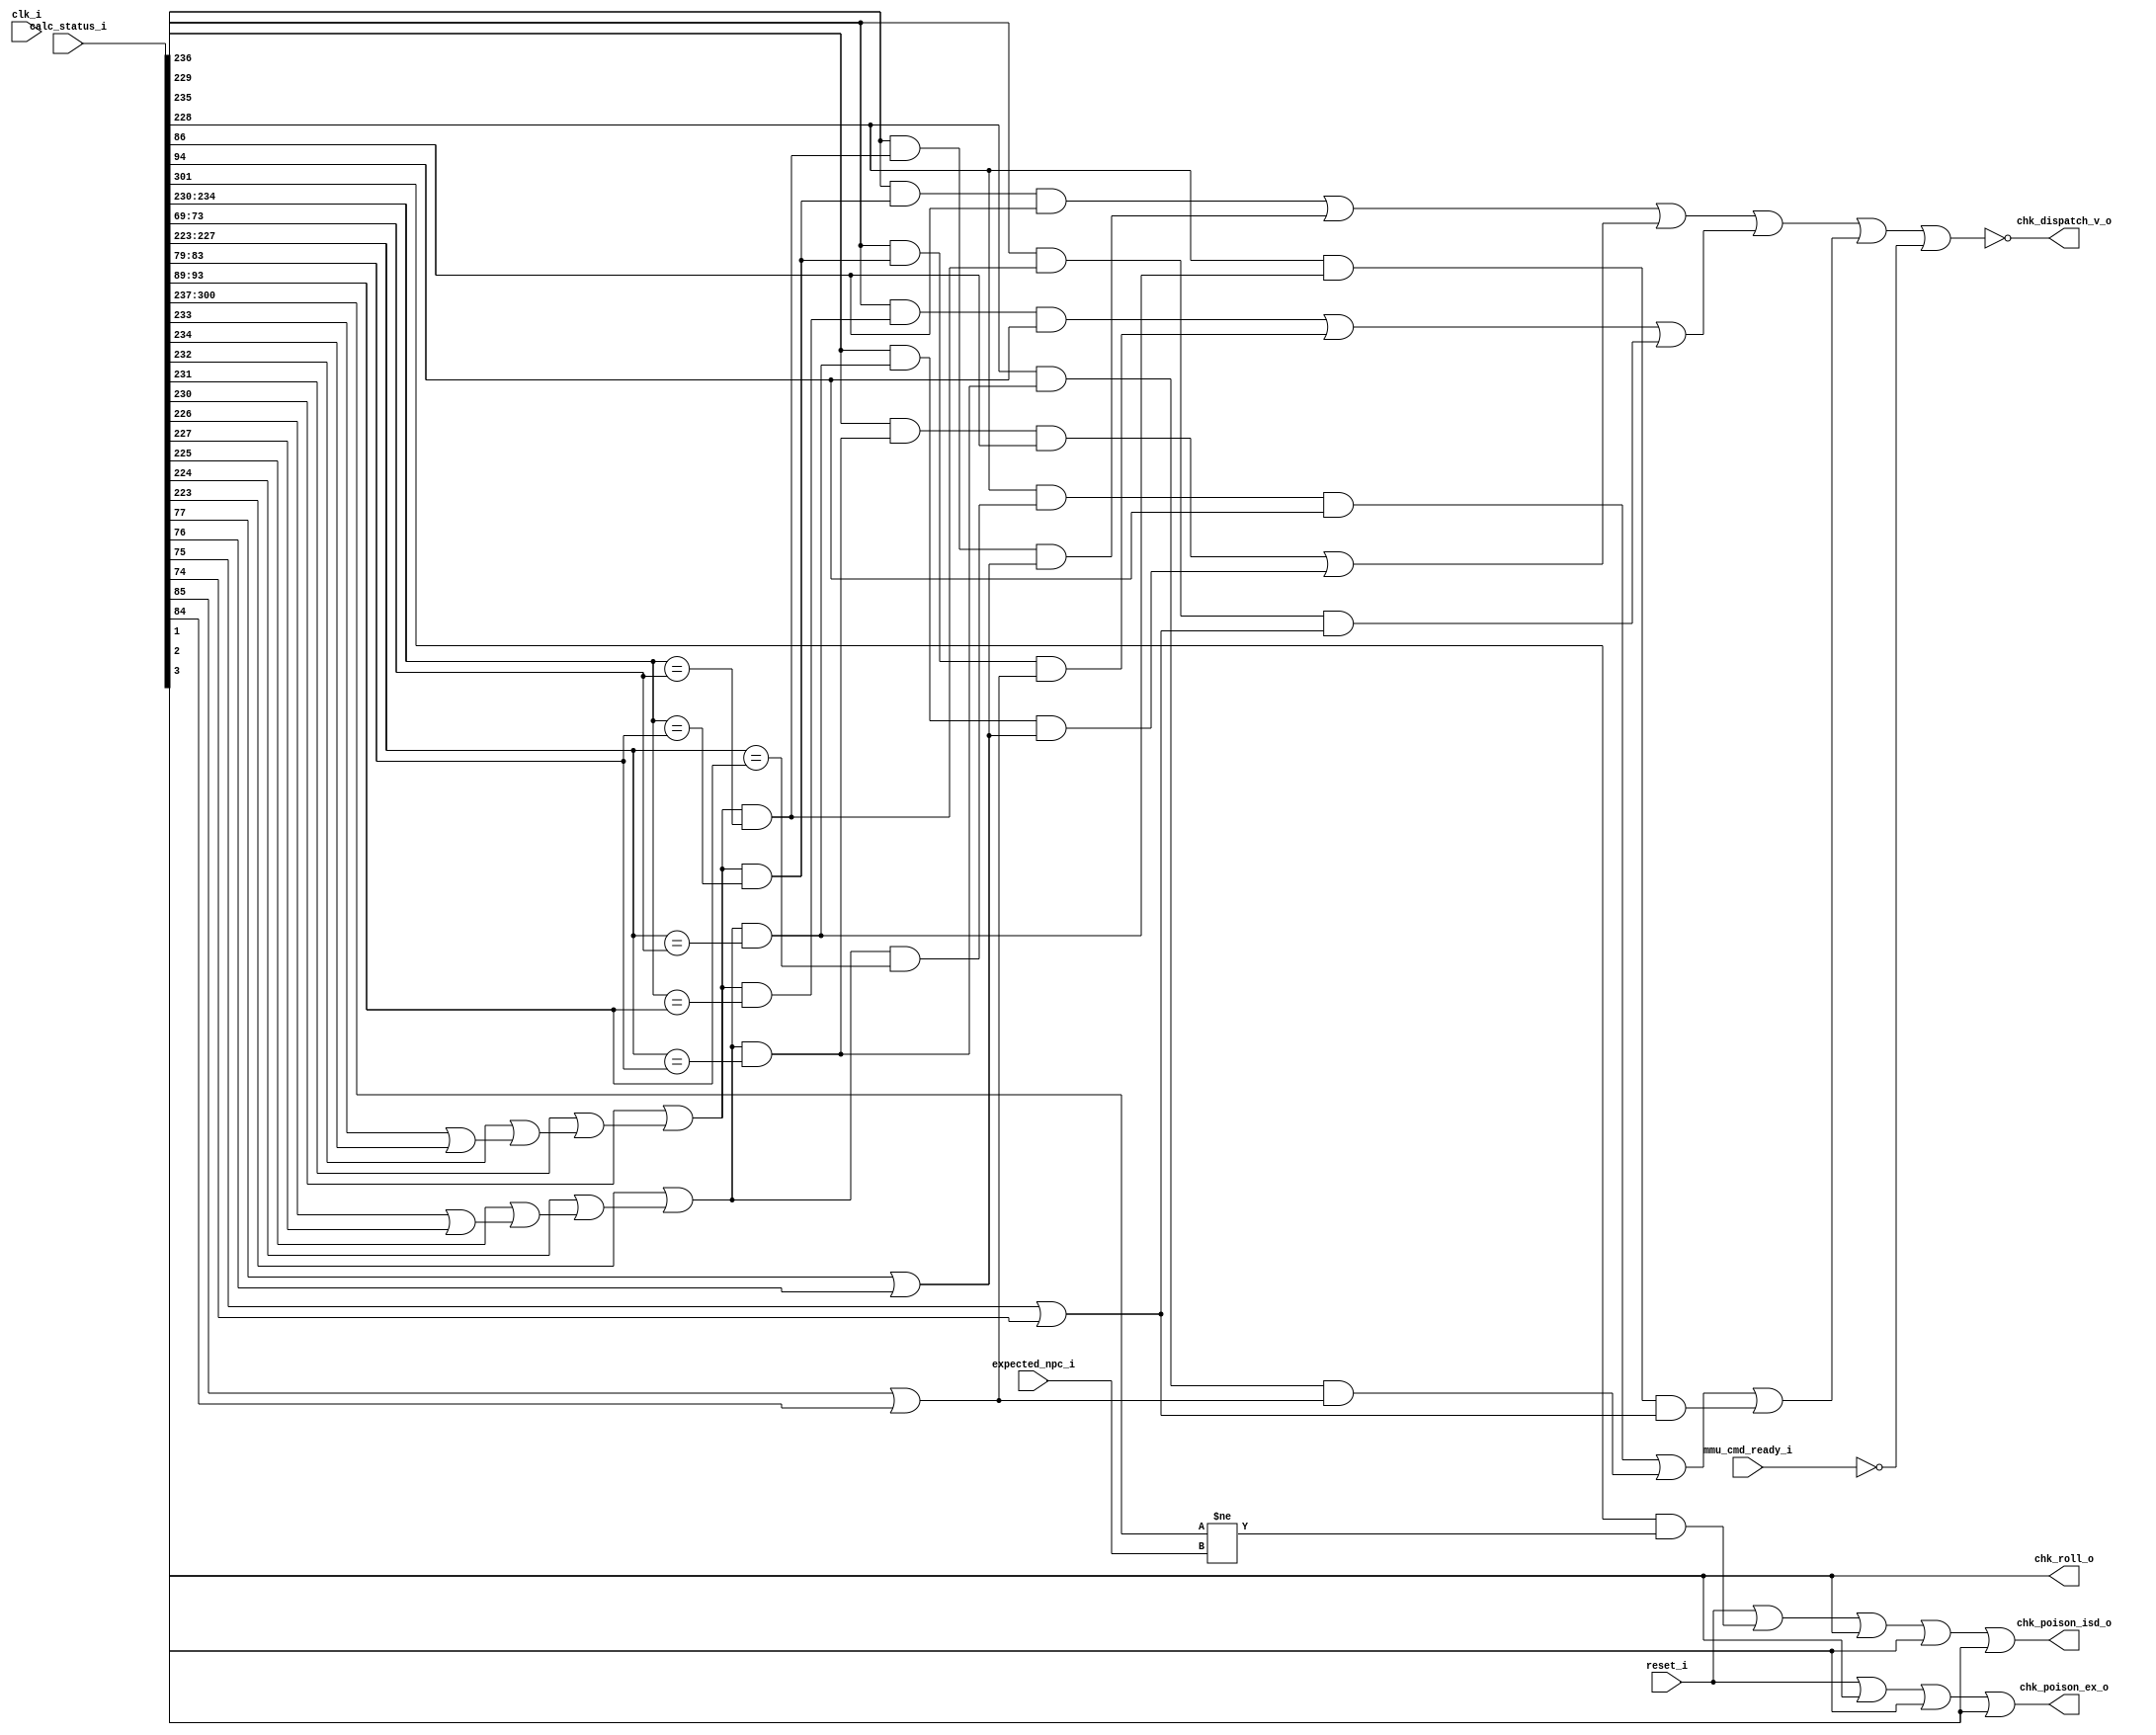
module bp_be_detector_vaddr_width_p56_paddr_width_p22_asid_width_p10_branch_metadata_fwd_width_p36
(
  clk_i,
  reset_i,
  calc_status_i,
  expected_npc_i,
  mmu_cmd_ready_i,
  chk_dispatch_v_o,
  chk_roll_o,
  chk_poison_isd_o,
  chk_poison_ex_o
);

  input [301:0] calc_status_i;
  input [63:0] expected_npc_i;
  input clk_i;
  input reset_i;
  input mmu_cmd_ready_i;
  output chk_dispatch_v_o;
  output chk_roll_o;
  output chk_poison_isd_o;
  output chk_poison_ex_o;
  wire chk_dispatch_v_o,chk_roll_o,chk_poison_isd_o,chk_poison_ex_o,N0,N1,N2,N3,N4,N5,
  data_haz_v,struct_haz_v,N6,mispredict_v,N7,N8,N9,N10,N11,N12,N13,N14,N15,N16,N17,
  N18,N19,N20,N21,N22,N23,N24,N25,N26,N27,N28,N29,N30,N31,N32,N33,N34,N35,N36,N37,
  N38,N39,N40,N41,N42,N43,N44;
  wire [2:0] rs1_match_vector,rs2_match_vector,frs1_data_haz_v,frs2_data_haz_v;
  wire [1:0] irs1_data_haz_v,irs2_data_haz_v;
  assign chk_roll_o = calc_status_i[3];
  assign N0 = calc_status_i[234:230] == calc_status_i[73:69];
  assign N1 = calc_status_i[227:223] == calc_status_i[73:69];
  assign N2 = calc_status_i[234:230] == calc_status_i[83:79];
  assign N3 = calc_status_i[227:223] == calc_status_i[83:79];
  assign N4 = calc_status_i[234:230] == calc_status_i[93:89];
  assign N5 = calc_status_i[227:223] == calc_status_i[93:89];
  assign N6 = calc_status_i[300:237] != expected_npc_i;
  assign N7 = calc_status_i[233] | calc_status_i[234];
  assign N8 = calc_status_i[232] | N7;
  assign N9 = calc_status_i[231] | N8;
  assign N10 = calc_status_i[230] | N9;
  assign N11 = calc_status_i[226] | calc_status_i[227];
  assign N12 = calc_status_i[225] | N11;
  assign N13 = calc_status_i[224] | N12;
  assign N14 = calc_status_i[223] | N13;
  assign rs1_match_vector[0] = N10 & N0;
  assign rs2_match_vector[0] = N14 & N1;
  assign rs1_match_vector[1] = N10 & N2;
  assign rs2_match_vector[1] = N14 & N3;
  assign rs1_match_vector[2] = N10 & N4;
  assign rs2_match_vector[2] = N14 & N5;
  assign irs1_data_haz_v[0] = N15 & N16;
  assign N15 = calc_status_i[236] & rs1_match_vector[0];
  assign N16 = calc_status_i[77] | calc_status_i[76];
  assign irs2_data_haz_v[0] = N17 & N18;
  assign N17 = calc_status_i[229] & rs2_match_vector[0];
  assign N18 = calc_status_i[77] | calc_status_i[76];
  assign frs1_data_haz_v[0] = N19 & N20;
  assign N19 = calc_status_i[235] & rs1_match_vector[0];
  assign N20 = calc_status_i[75] | calc_status_i[74];
  assign frs2_data_haz_v[0] = N21 & N22;
  assign N21 = calc_status_i[228] & rs2_match_vector[0];
  assign N22 = calc_status_i[75] | calc_status_i[74];
  assign irs1_data_haz_v[1] = N23 & calc_status_i[86];
  assign N23 = calc_status_i[236] & rs1_match_vector[1];
  assign irs2_data_haz_v[1] = N24 & calc_status_i[86];
  assign N24 = calc_status_i[229] & rs2_match_vector[1];
  assign frs1_data_haz_v[1] = N25 & N26;
  assign N25 = calc_status_i[235] & rs1_match_vector[1];
  assign N26 = calc_status_i[85] | calc_status_i[84];
  assign frs2_data_haz_v[1] = N27 & N28;
  assign N27 = calc_status_i[228] & rs2_match_vector[1];
  assign N28 = calc_status_i[85] | calc_status_i[84];
  assign frs1_data_haz_v[2] = N29 & calc_status_i[94];
  assign N29 = calc_status_i[235] & rs1_match_vector[2];
  assign frs2_data_haz_v[2] = N30 & calc_status_i[94];
  assign N30 = calc_status_i[228] & rs2_match_vector[2];
  assign data_haz_v = N36 | N38;
  assign N36 = N33 | N35;
  assign N33 = N31 | N32;
  assign N31 = irs1_data_haz_v[1] | irs1_data_haz_v[0];
  assign N32 = irs2_data_haz_v[1] | irs2_data_haz_v[0];
  assign N35 = N34 | frs1_data_haz_v[0];
  assign N34 = frs1_data_haz_v[2] | frs1_data_haz_v[1];
  assign N38 = N37 | frs2_data_haz_v[0];
  assign N37 = frs2_data_haz_v[2] | frs2_data_haz_v[1];
  assign struct_haz_v = ~mmu_cmd_ready_i;
  assign mispredict_v = calc_status_i[301] & N6;
  assign chk_dispatch_v_o = ~N39;
  assign N39 = data_haz_v | struct_haz_v;
  assign chk_poison_isd_o = N42 | calc_status_i[1];
  assign N42 = N41 | calc_status_i[2];
  assign N41 = N40 | calc_status_i[3];
  assign N40 = reset_i | mispredict_v;
  assign chk_poison_ex_o = N44 | calc_status_i[1];
  assign N44 = N43 | calc_status_i[2];
  assign N43 = reset_i | calc_status_i[3];

endmodule